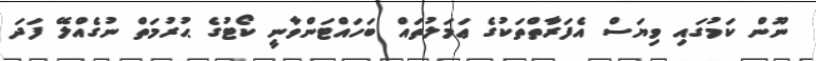
ނޫން ކަމުގައި ވިޔަސް އެފަރާތްތަކުގެ ޢަމަލުތައް ބަހައްޓަންވާނީ ކޯޓުގެ ޙުރުމަތް ނުގެއްލޭ ފަދަ